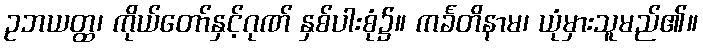
ဥဘယတ္ထ၊ ကိုယ်တော်နှင့်ဂုဏ် နှစ်ပါးစုံ၌။ ကင်္ခတိနာမ၊ ယုံမှားသူမည်၏။